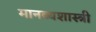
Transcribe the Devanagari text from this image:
मानव्यशास्त्री